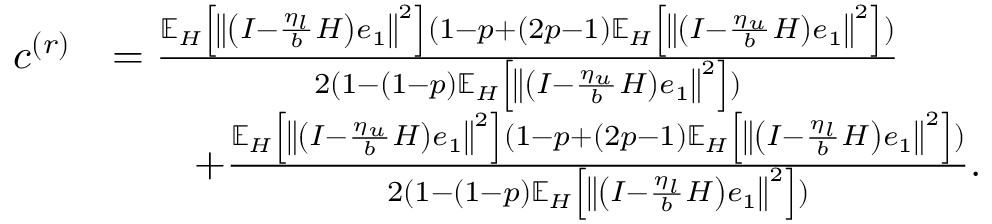
\begin{array} { r l } { c ^ { ( r ) } } & { = \frac { \mathbb { E } _ { H } \left[ \left\Vert \left( I - \frac { \eta _ { l } } { b } H \right) e _ { 1 } \right\Vert ^ { 2 } \right] ( 1 - p + ( 2 p - 1 ) \mathbb { E } _ { H } \left[ \left\Vert \left( I - \frac { \eta _ { u } } { b } H \right) e _ { 1 } \right\Vert ^ { 2 } \right] ) } { 2 ( 1 - ( 1 - p ) \mathbb { E } _ { H } \left[ \left\Vert \left( I - \frac { \eta _ { u } } { b } H \right) e _ { 1 } \right\Vert ^ { 2 } \right] ) } } \\ & { \qquad + \frac { \mathbb { E } _ { H } \left[ \left\Vert \left( I - \frac { \eta _ { u } } { b } H \right) e _ { 1 } \right\Vert ^ { 2 } \right] ( 1 - p + ( 2 p - 1 ) \mathbb { E } _ { H } \left[ \left\Vert \left( I - \frac { \eta _ { l } } { b } H \right) e _ { 1 } \right\Vert ^ { 2 } \right] ) } { 2 ( 1 - ( 1 - p ) \mathbb { E } _ { H } \left[ \left\Vert \left( I - \frac { \eta _ { l } } { b } H \right) e _ { 1 } \right\Vert ^ { 2 } \right] ) } . } \end{array}